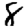
Digit: 8